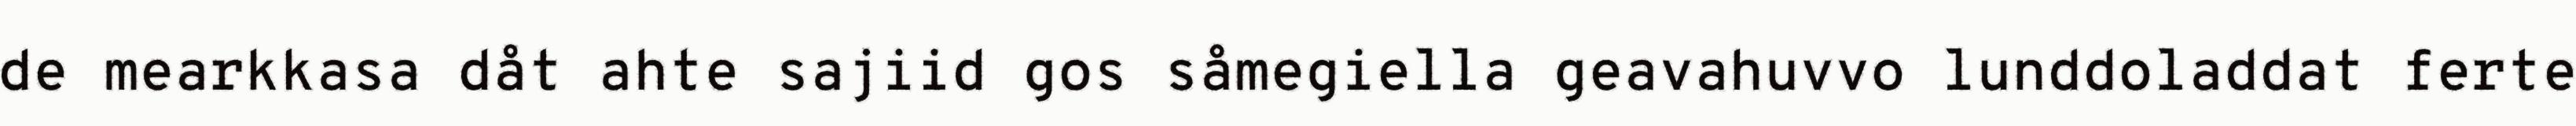
de mearkkasa dåt ahte sajiid gos såmegiella geavahuvvo lunddoladdat ferte